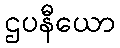
ဌပနီယော